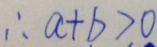
\therefore a + b > 0